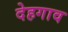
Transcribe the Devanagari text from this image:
देहगाव